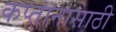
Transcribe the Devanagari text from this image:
कप्तानासाठी